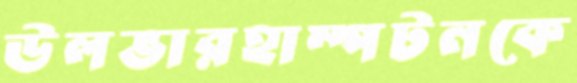
উলভারহাম্পটনকে